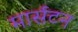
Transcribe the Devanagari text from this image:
मार्सटन